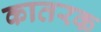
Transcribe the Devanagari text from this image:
कातरक